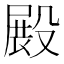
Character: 𣪵